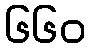
၆၆၀